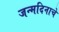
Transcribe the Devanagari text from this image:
जन्मदिनाचे